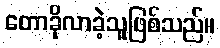
တောခိုလာခဲ့သူဖြစ်သည်။